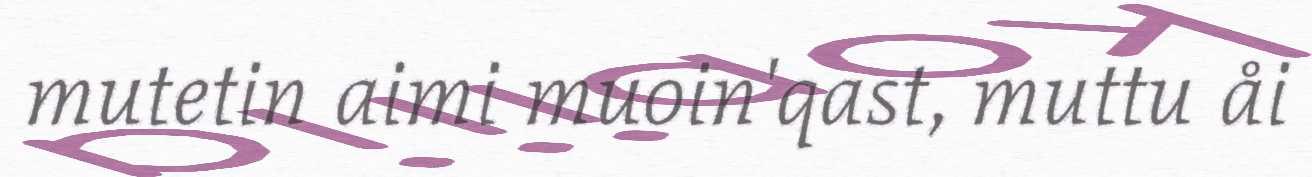
mutetin aimi muoin'qast, muttu åi